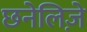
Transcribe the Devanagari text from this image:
छनेलिज़े